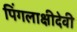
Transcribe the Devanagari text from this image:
पिंगलाक्षीदेवी